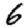
Digit: 6